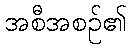
အစီအစဉ်၏